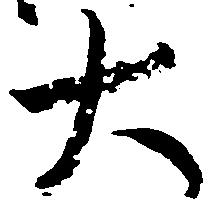
大